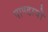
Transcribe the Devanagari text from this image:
पाण्डावों